Report on vaccination in Madras 1877-1894 - 1877-1894
Year: 1877
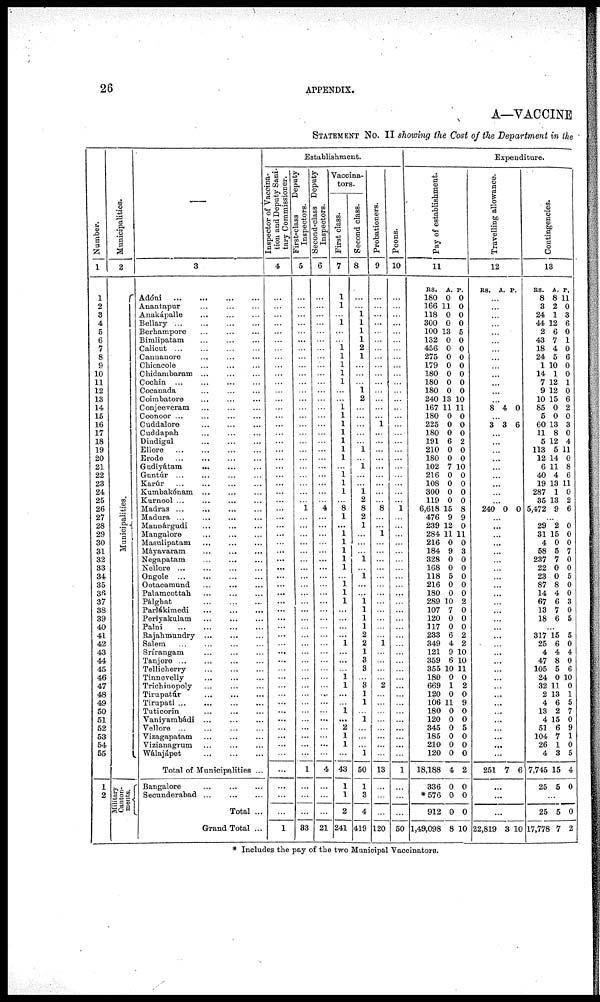
26
APPENDIX.
A—VACCINE
STATEMENT No. II showing the Cost of the Department in the
Number.
1
1
2
3
4
5
6
7
8
9
10
11
12
13
14
15
16
17
18
19
20
21
22
23
24
25
26
27
28
29
30
31
32
33
34
35
36
37
38
39
40
41
42
43
44
45
46
47
48
49
50
51
52
53
54
55
1
2
Municipalities.
2
Municipalities.
Military
Canton-
ments.
3
Adóni
...
...
...
...
Anantapur ... ... ...
Anakápalle
... ... ...
Bellary
...
...
...
Berhampore
...
...
...
Bimlipatam ... ... ...
Calicut
...
...
...
...
Cannanore ... ... ...
Chicacole ... ... ...
Chidambaram
...
...
...
Cochin ... ... ...
Cocanada
...
...
...
Coimbatore ... ... ...
Conjeeveram ... ... ...
Coonoor ... ... ... ...
Cuddalore
...
...
...
Cuddapah ... ... ...
Dindigul
...
...
...
Ellore
...
...
...
...
Erode
...
...
...
...
Gudiyátam
...
...
...
Guntúr ... ... ... ...
Karúr
...
...
...
...
Kumbakónam
...
...
...
Kurnool
...
...
...
...
Madras ... ...
Madura ...
...
Mannárgudi
...
...
...
Mangalore
...
...
...
Masulipatam ... ... ...
Máyavaram ... ... ...
Negapatam ... ... ...
Nellore ... ... ... ...
Ongole
...
...
...
...
Ootacamund
...
...
...
Palamcottah
...
...
...
Pálghat
...
...
...
Parlákimedi
...
...
...
Periyakulam ... ... ...
Palni
...
...
...
...
Rajahmundry ...
... ...
Salem ... ... ...
Srírangam ... ... ...
Tanjore
...
...
...
Tellicherry
...
...
...
Tinnevelly
...
...
...
Trichinopoly
...
...
...
Tirupatúr
...
...
...
Tirupati ... ... ... ...
Tuticorin
...
...
...
Yaniyambádi ... ... ...
Vellore ... ... ...
Vizagapatam ... ... ...
Vizianagrum ... ... ...
Wálajápet
...
...
...
Total of Municipalities ...
Bangalore ... ... ...
Secunderabad
...
...
...
Total ...
Grand Total ...
Establishment.
inspector of vaccina-
tion and Deputy Sani-
tary Commissioner.
4
...
...
...
...
...
...
...
...
...
...
...
...
...
...
...
...
...
...
...
...
...
...
...
...
...
...
...
...
...
...
...
...
...
...
...
...
...
...
...
...
...
...
...
...
...
...
...
...
...
...
...
...
...
...
...
...
...
...
...
1
First-class
Deputy
Inspectors.
5
...
...
...
...
...
...
...
...
...
...
...
...
...
...
...
...
...
...
...
...
...
...
...
...
...
1
...
...
...
...
...
...
...
...
...
...
...
...
...
...
...
...
...
...
...
...
...
...
...
...
...
...
...
...
...
1
...
...
...
33
Second-class Deputy
Inspectors.
6
...
...
...
...
...
...
...
...
...
...
...
...
...
...
...
...
...
...
...
...
...
...
...
...
...
4
...
...
...
...
...
...
...
...
...
...
...
...
...
...
...
...
...
...
...
...
...
...
...
...
...
...
...
...
...
4
...
...
...
21
Vaccina¬
tors.
First class.
7
1
1
...
1
...
...
1 1
1
1
1
...
...
1 1
1
1
1
1
1
...
1
1
1
...
8
1
...
1
1
1
1
1
...
1 1
1
...
...
...
...
1
...
...
...
1 1
...
...
1
...
2
1
1
...
43
1
1
2
241
Second class.
8
...
...
1
1
1
1
2
1
...
...
...
1 2
...
...
...
...
...
1
...
...
...
...
1 2
8
2
1
...
...
...
1
...
1
...
...
1 1
1
1
2
2
1
3
3
...
...
1
1
...
1
...
...
...
1
50
1
3
4
419
Probationers.
9
...
...
...
...
...
...
...
...
...
...
...
...
...
...
...
1
...
...
...
...
...
...
...
...
...
8
...
...
1
...
...
...
...
...
...
...
...
...
...
...
...
1
...
...
...
...
2
...
...
...
...
...
...
...
...
13
...
...
...
120
Peons.
10
...
...
...
...
...
...
...
...
...
...
...
...
...
...
...
...
...
...
...
...
...
...
...
...
...
1
...
...
...
...
...
...
...
...
...
...
...
...
...
...
...
...
...
...
...
...
...
...
...
...
...
...
...
...
...
1
...
...
...
50
Expenditure.
Pay of establishment.
11
RS.
180
166
118
300
100
132
456
275
179
180
180
180
240
167
180
225
180
191
210
180
102
216
108
300
119
6,618
476
239
284
216
184
328
168
118
216
180
289
107
120
117
233
349
121
359
355
180
669
120
106
180
120
345
185
210
120
18,188
336
*576
912
1,49,098
A.
0
11
0
0
13
0
0
0
0
0
0
0
13
11
0
0
0
6
0
0
7
0
0
0
0
15
9
12
11
0
9
0
0
5
0
0
10
7
0
0
6
4
9
6
10
0
1
0
11
0
0
0
0
0
0
4
0
0
0
8
p.
0
0
0
0
5
0
0
0
0
0
0
0
10
11
0
0
0
2
0
0
10
0
0
0
0
8
9
0
11
0
3
0
0
0
0
0
2
0
0
0
2
2
10
10
11
0
2
0
9
0
0
5
0
0
0
2
0
0
0
10
Travelling allowance.
12
RS.
A. P.
...
...
...
...
...
...
...
...
...
...
...
...
...
8 4 0
...
3 3 6
...
...
...
...
...
...
...
...
...
240 0 0
...
...
...
...
...
...
...
...
...
...
...
...
...
...
...
...
...
...
...
...
...
...
...
...
...
...
...
...
...
251 7 6
...
...
...
22,819 3 10
Contingencies.
13
RS.
8
3
24
44
2
43
18
24
1
14
7
9
10
85
5
60
11
5
113
12
6
40
19
287
35
5,472
A.
8
2
1
12
6
7
4
5
10
1
12
12
15
0
0
13
8
12
5
14
11
4
13
1
13
9
P.
11
0
3
6
0
1
0
6
0
0
1
0
6
2
0
3
0
4
11
0
8
6
11
0
2
6
...
29
31
4
58
237
22
23
87
14
67
13
18
2
15
0
5
7
0
0
8
4
6
7
6
0
0
0
7
0
0
5
0
0
3
0
5
...
317
25
4
47
105
24
32
2
4
13
4
51
104
26
4
7,745
25
15
6
4
8
5
0
11
13
6
2
15
6
7
1
3
15
5
5
0
4
0
6
10
0
1
5
7
0
9
1
0
5
4
0
...
25
17,778
5
7
0
2
* Includes the pay of the two Municipal Vaccinators.